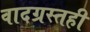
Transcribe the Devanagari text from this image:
वादग्रस्तही